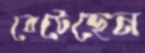
বেটেছেন